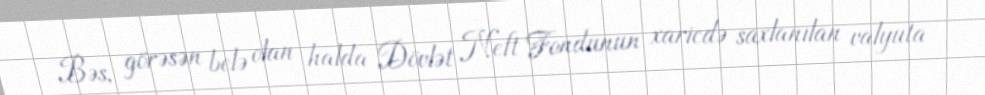
Bəs, görəsən belə olan halda Dövlət Neft Fondunun xaricdə saxlanılan valyuta